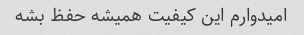
امیدوارم این کیفیت همیشه حفظ بشه